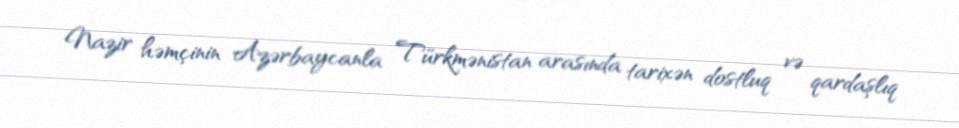
Nazir həmçinin Azərbaycanla Türkmənistan arasında tarixən dostluq və qardaşlıq